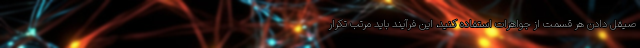
صیقل دادن هر قسمت از جواهرات استفاده کنید، این فرآیند باید مرتب تکرار